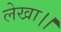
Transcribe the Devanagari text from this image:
लेखा।।